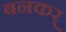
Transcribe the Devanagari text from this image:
बनकर्